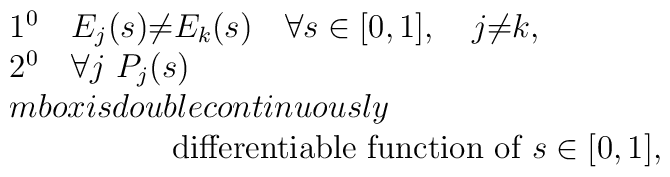
\begin{array}{l}1^0 \quad E_{j} (s) {\neq} E_{k} (s) \quad \forall s \in [0,1],\quad j {\neq} k ,  \\2^0 \quad \forall j \  P_j (s) \\mbox{is double continuously }  \\\qquad \qquad \quad\mbox{differentiable function of} \ s \in [0,1] ,\end{array}